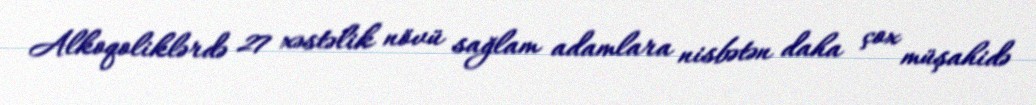
Alkoqoliklərdə 27 xəstəlik növü sağlam adamlara nisbətən daha çox müşahidə